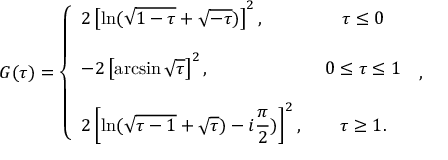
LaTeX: \displaystyle { G ( \tau ) = \left\{ \begin{array} { l c } { { 2 \left[ \ln ( \sqrt { 1 - \tau } + \sqrt { - \tau } ) \right] ^ { 2 } , } } & { { ~ \tau \leq 0 } } \\ { { } } & { { } } \\ { { - 2 \left[ \arcsin \sqrt { \tau } \right] ^ { 2 } , } } & { { ~ 0 \leq \tau \leq 1 } } \\ { { } } & { { } } \\ { { 2 \left[ \ln ( \sqrt { \tau - 1 } + \sqrt { \tau } ) - i \displaystyle \frac { \pi } { 2 } ) \right] ^ { 2 } , } } & { { ~ \tau \geq 1 . } } \end{array} \right. \, , }